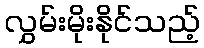
လွှမ်းမိုးနိုင်သည့်